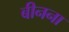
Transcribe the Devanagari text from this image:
बीनना